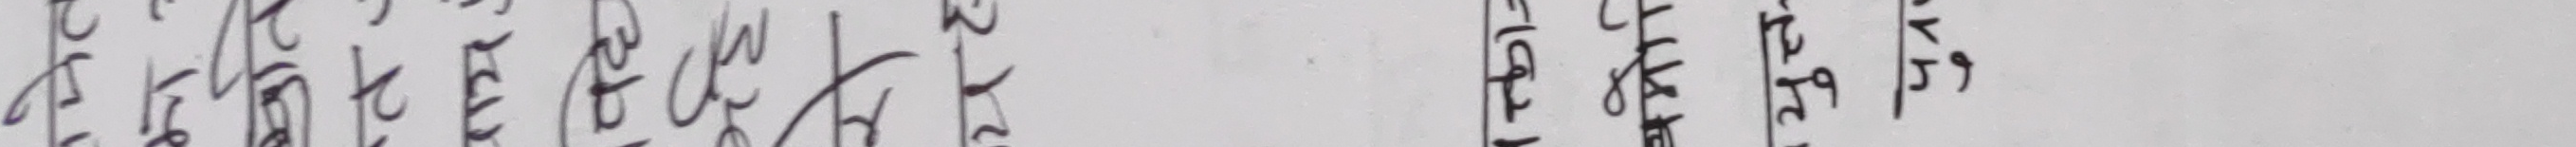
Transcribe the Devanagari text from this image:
प्रतिशत